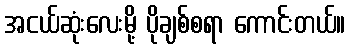
အငယ်ဆုံးလေးမို့ ပိုချစ်စရာ ကောင်းတယ်။